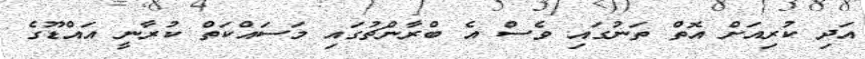
އަދި ކުރިއަށް އޮތް ތަނުގައި ވެސް އެ ބްރާންޗުގައި މަސައްކަތް ކުރާނީ އައްޑޫގެ